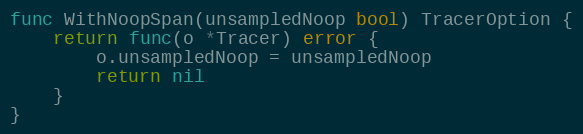
Language: Go
func WithNoopSpan(unsampledNoop bool) TracerOption {
	return func(o *Tracer) error {
		o.unsampledNoop = unsampledNoop
		return nil
	}
}